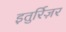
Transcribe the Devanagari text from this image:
इतुर्रिज़र